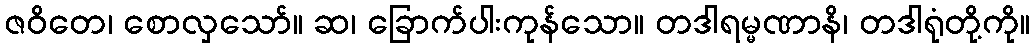
ဇဝိတေ၊ စောလှသော်။ ဆ၊ ခြောက်ပါးကုန်သော။ တဒါရမ္မဏာနိ၊ တဒါရုံတို့ကို။